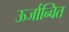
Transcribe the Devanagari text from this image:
ऊर्जान्वित